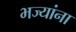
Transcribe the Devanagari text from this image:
भज्यांना